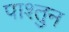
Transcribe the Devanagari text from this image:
पाश्तुन